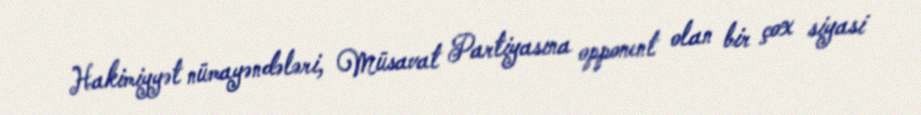
Hakimiyyət nümayəndələri, Müsavat Partiyasına opponent olan bir çox siyasi